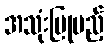
အသုံးပြုမည့်